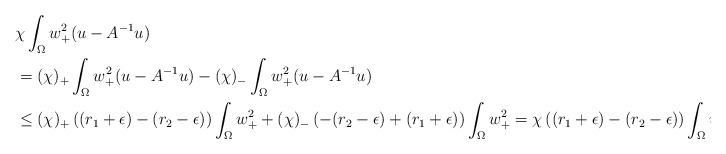
LaTeX: \begin{align*}&\chi\int_{\Omega}w_{+}^2 (u- A^{-1}u)\\&=(\chi)_+\int_{\Omega}w_{+}^2 (u- A^{-1}u)-(\chi)_-\int_{\Omega}w_{+}^2 (u- A^{-1}u)\\&\leq (\chi)_+\left((r_1+\epsilon)-(r_2-\epsilon)\right)\int_{\Omega}w_{+}^2+(\chi)_-\left(-(r_2-\epsilon)+(r_1+\epsilon)\right)\int_{\Omega}w_{+}^2=\chi\left((r_1+\epsilon)-(r_2-\epsilon)\right)\int_{\Omega}w_{+}^2\end{align*}